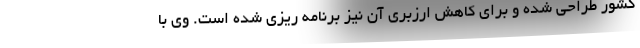
کشور طراحي شده و براي كاهش ارزبري آن نیز برنامه ريزي شده است. وی با